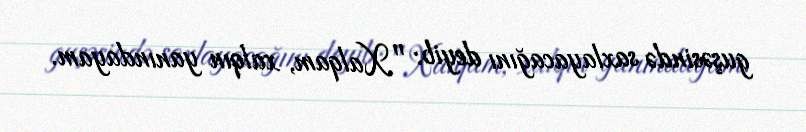
guşəsində saxlayacağını deyib: "Xalqam, xalqın yanındayam.